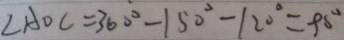
\angle A D C = 3 6 0 ^ { \circ } - 1 5 0 ^ { \circ } - 1 2 0 ^ { \circ } = 9 0 ^ { \circ }